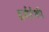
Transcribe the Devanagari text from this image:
हर्बर्टशी